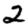
Digit: 2